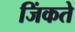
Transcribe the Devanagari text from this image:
जिंकते